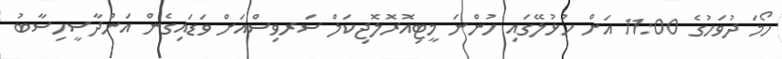
ހޯމަ ދުވަހުގެ 11:00 އަށް ހުޅުލޭގައި ހުންނަ މީޓިއޮރޮލޮޖިކަލް ސަރވިސްއަށް ވަޑައިގެން އަންދާސީހިސާބު